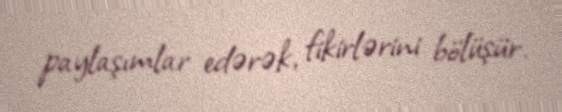
paylaşımlar edərək, fikirlərini bölüşür.